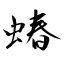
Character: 蝽